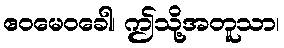
ဧဝမေဝခေါ၊ ဤသို့အတူသာ၊